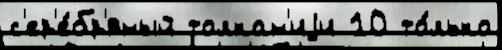
с'ер'е́бр'яный толкан'иjи 10 то́лько